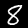
Digit: 8